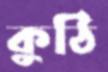
কুঠি